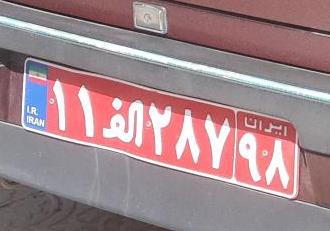
۱۱ا۲۸۷۹۸